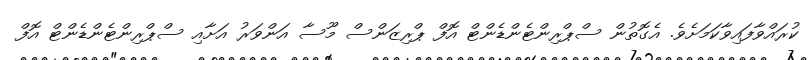
ކުރައްވާފައިވާކަމަށެވެ. އެގޮތުން ސްޕްރިންޓެންޑެންޓް އޮފް ޕްރިޒަންސް މޫސާ އަންވަރު އަށާއި ސްޕްރިންޓެންޑެންޓް އޮފް